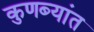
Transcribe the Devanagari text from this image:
कुणब्यांत